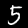
Digit: 5